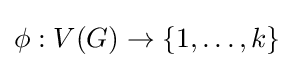
\phi :V(G)\rightarrow \{1,\ldots ,k\}